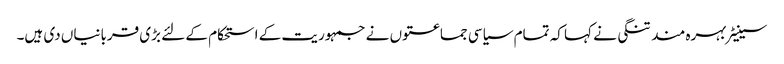
سینیٹر بہرہ مند تنگی نے کہا کہ تمام سیاسی جماعتوں نے جمہوریت کے استحکام کے لئے بڑی قربانیاں دی ہیں۔